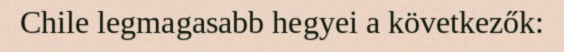
Chile legmagasabb hegyei a következők: